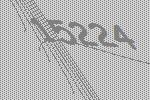
15224